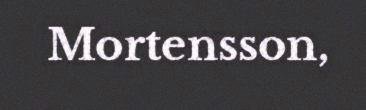
Mortensson,